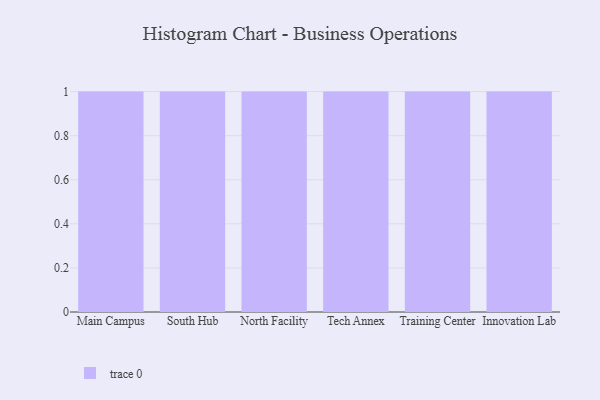
{"axis": {"x": "Campus", "y": "Page Views"}, "legend": [""], "data": [{"x": "Main Campus", "y": 25, "type": ""}, {"x": "South Hub", "y": 61, "type": ""}, {"x": "North Facility", "y": 51, "type": ""}, {"x": "Tech Annex", "y": 72, "type": ""}, {"x": "Training Center", "y": 36, "type": ""}, {"x": "Innovation Lab", "y": 80, "type": ""}]}